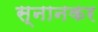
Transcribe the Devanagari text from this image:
स्नानकर